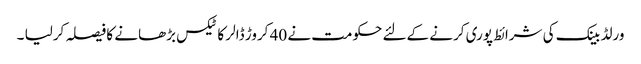
ورلڈ بینک کی شرائط پوری کرنے کےلئے حکومت نے 40 کروڑ ڈالر کا ٹیکس بڑھانے کا فیصلہ کرلیا ۔